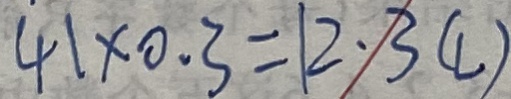
4 1 \times 0 . 3 = 1 2 \cdot 3 ( l )